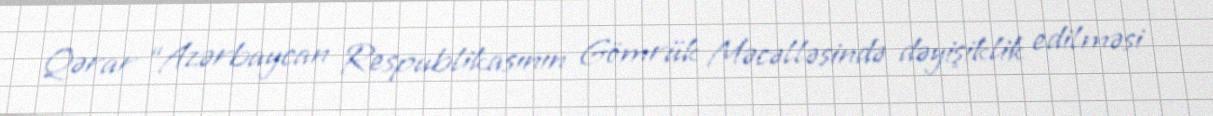
Qərar “Azərbaycan Respublikasının Gömrük Məcəlləsində dəyişiklik edilməsi